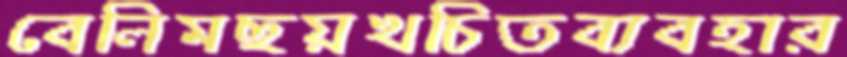
বেলিমছয়খচিতব্যবহার